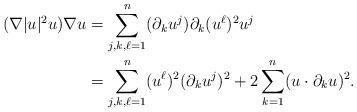
LaTeX: \begin{align*}(\nabla|u|^2u)\nabla u&=\sum_{j,k,\ell=1}^n(\partial_ku^j)\partial_k(u^\ell)^2u^j\\&=\sum_{j,k,\ell=1}^n(u^\ell)^2(\partial_ku^j)^2+2\sum_{k=1}^n(u\cdot\partial_ku)^2.\end{align*}